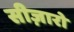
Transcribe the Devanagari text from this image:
सीज़ारो